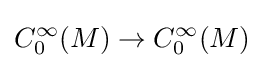
C_{0}^{\infty }(M)\to C_{0}^{\infty }(M)